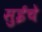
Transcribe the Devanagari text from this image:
सुईचे